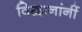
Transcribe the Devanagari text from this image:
विद्वानांनीं